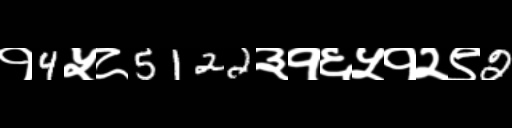
Text: १4५८5122३१६५१२९2